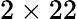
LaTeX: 2\times 22